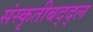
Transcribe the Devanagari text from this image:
संस्कृतीबद्द्ल